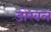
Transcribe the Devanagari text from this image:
डोरवल